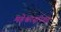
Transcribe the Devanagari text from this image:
महेश्वरसूरिकृत